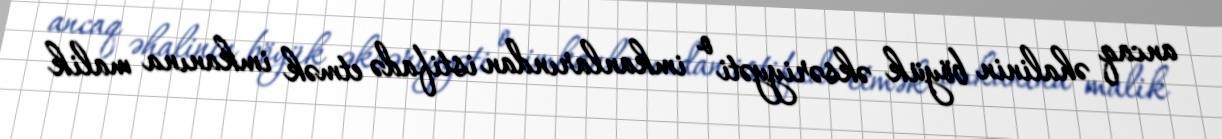
ancaq əhalinin böyük əksəriyyəti o imkanlarından istifadə etmək imkanına malik